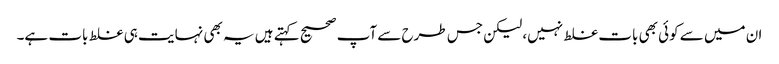
ان میں سے کوئی بھی بات غلط نہیں، لیکن جس طرح سے آپ صحیح کہتے ہیں یہ بھی نہایت ہی غلط بات ہے۔